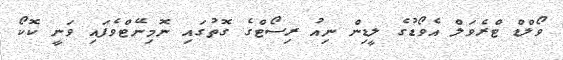
ވޯލްޑް ޓްރެވަލް އެވޯޑުގެ ލީޑިން ނިއު ރިސޯޓްގެ ގޮތުގައި ނޮމިނޭޓްވެފައި ވަނީ ކޮކޯ